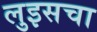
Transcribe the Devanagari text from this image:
लुइसचा